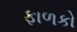
ફાળકો